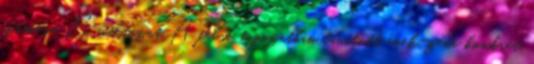
számára B változat A felső tagozatban tanított ének-zene konkrét